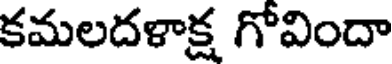
కమలదళాక్ష గోవిందా